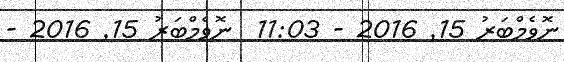
ނޮވެމްބަރު 15